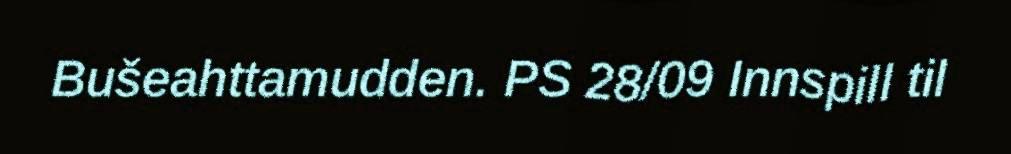
Bušeahttamudden. PS 28/09 Innspill til